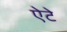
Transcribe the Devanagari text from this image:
ऐटे